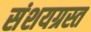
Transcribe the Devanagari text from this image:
संशयग्रस्त